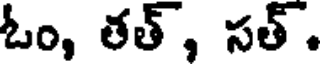
ఓం, తత్, సత్.